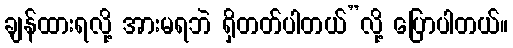
ချန်ထားရလို့ အားမရဘဲ ရှိတတ်ပါတယ်”လို့ ပြောပါတယ်။